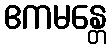
ဧကမန္တေ